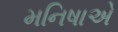
મનિષાએ